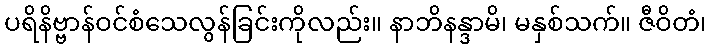
ပရိနိဗ္ဗာန်ဝင်စံသေလွန်ခြင်းကိုလည်း။ နာဘိနန္ဒာမိ၊ မနှစ်သက်။ ဇီဝိတံ၊